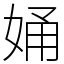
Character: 㛚